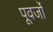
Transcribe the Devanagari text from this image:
पूवर्जों